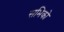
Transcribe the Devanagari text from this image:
सभिको